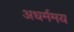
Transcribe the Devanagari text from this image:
अधर्ममय